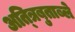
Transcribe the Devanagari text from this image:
अत्त्रिबुताब्ले